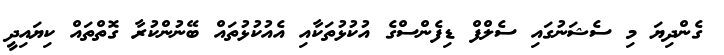
ގެންދިޔަ މި ސެޝަނުގައި ސެލްފް ޑިފެންސްގެ އުކުޅުތަކާއި އެއުކުޅުތައް ބޭނުންކުރާ ގޮތްތައް ކިޔައިދީ